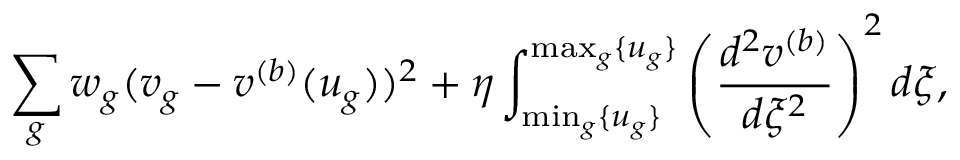
\sum _ { g } w _ { g } ( v _ { g } - v ^ { ( b ) } ( u _ { g } ) ) ^ { 2 } + \eta \int _ { \operatorname* { m i n } _ { g } \{ u _ { g } \} } ^ { \operatorname* { m a x } _ { g } \{ u _ { g } \} } \left( \frac { d ^ { 2 } v ^ { ( b ) } } { d \xi ^ { 2 } } \right) ^ { 2 } d \xi ,